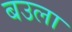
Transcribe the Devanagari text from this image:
बउला